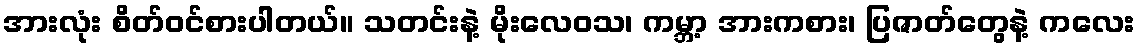
အားလုံး စိတ်ဝင်စားပါတယ်။ သတင်းနဲ့ မိုးလေဝသ၊ ကမ္ဘာ့ အားကစား၊ ပြဇာတ်တွေနဲ့ ကလေး